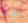
ماذا